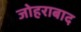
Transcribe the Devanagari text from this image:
जोहराबाद